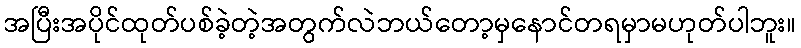
အပြီးအပိုင်ထုတ်ပစ်ခဲ့တဲ့အတွက်လဲဘယ်တော့မှနောင်တရမှာမဟုတ်ပါဘူး။